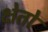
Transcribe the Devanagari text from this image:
क्षेतों